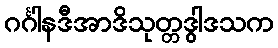
ဂင်္ဂါနဒီအာဒိသုတ္တဒွါဒသက